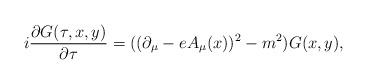
LaTeX: \begin{align*}i \frac{\partial G(\tau,x,y)}{\partial \tau} =((\partial_\mu - e A_\mu(x) )^2 -m^2 ) G(x,y),\end{align*}